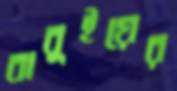
বাবুইয়ের